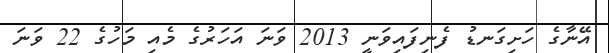
އޭނާގެ ހަށިގަނޑު ފެނިފައިވަނީ 2013 ވަނަ އަހަރުގެ މެއި މަހުގެ 22 ވަނަ